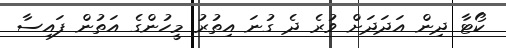
ކޯޓާ ދިން އަދަދަށް ވުރެ ދެ ގުނަ އިތުރު މީހުންގެ އަތުން ފައިސާ